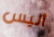
أليس